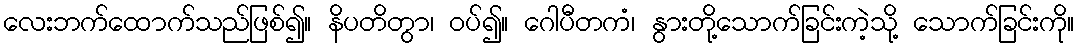
လေးဘက်ထောက်သည်ဖြစ်၍။ နိပတိတွာ၊ ဝပ်၍။ ဂေါပီတကံ၊ နွားတို့သောက်ခြင်းကဲ့သို့ သောက်ခြင်းကို။